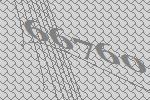
66760